Plague in India, 1896, 1897 - Volume 2
Year: 1896
Disease focus: Plague
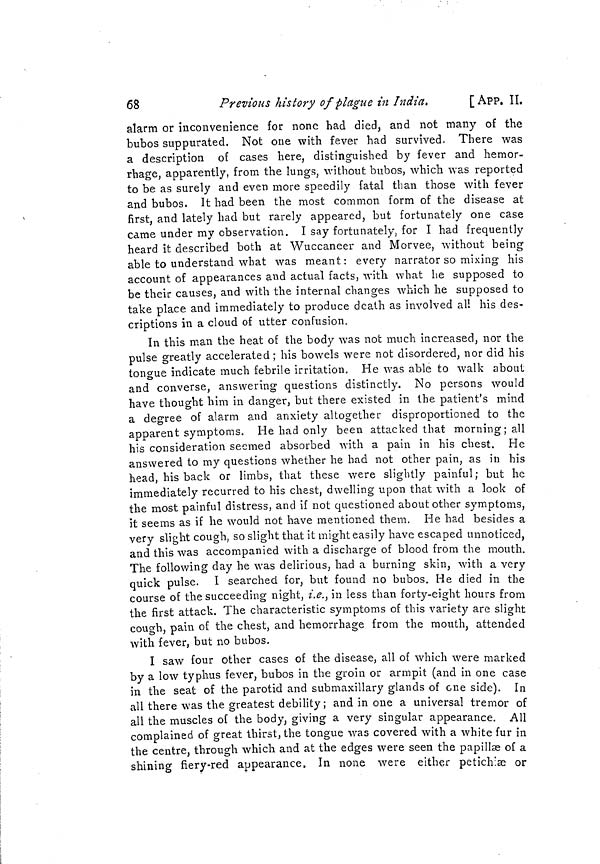
68
Previous history of plague in India.
[App. II.
alarm or inconvenience for none had died, and not many of the
bubos suppurated. Not one with fever had survived. There was
a description of cases here, distinguished by fever and hemor-
rhage, apparently, from the lungs, without bubos, which was reported
to be as surely and even more speedily fatal than those with fever
and bubos. It had been the most common form of the disease at
first, and lately had but rarely appeared, but fortunately one case
came under my observation. I say fortunately, for I had frequently
heard it described both at Wuccaneer and Morvee, without being
able to understand what was meant: every narrator so mixing his
account of appearances and actual facts, with what he supposed to
be their causes, and with the internal changes which he supposed to
take place and immediately to produce death as involved all his des-
criptions in a cloud of utter confusion.
In this man the heat of the body was not much increased, nor the
pulse greatly accelerated; his bowels were not disordered, nor did his
tongue indicate much febrile irritation. He was able to walk about
and converse, answering questions distinctly. No persons would
have thought him in danger, but there existed in the patient's mind
a degree of alarm and anxiety altogether disproportioned to the
apparent symptoms. He had only been attacked that morning; all
his consideration seemed absorbed with a pain in his chest. He
answered to my questions whether he had not other pain, as in his
head, his back or limbs, that these were slightly painful ; but he
immediately recurred to his chest, dwelling upon that with a look of
the most painful distress, and if not questioned about other symptoms,
it seems as if he would not have mentioned them. He had besides a
very slight cough, so slight that it might easily have escaped unnoticed,
and this was accompanied with a discharge of blood from the mouth.
The following clay he was delirious, had a burning skin, with a very
quick pulse. I searched for, but found no bubos. He died in the
course of the succeeding night, i.e., in less than forty-eight hours from
the first attack. The characteristic symptoms of this variety are slight
cough, pain oí the chest, and hemorrhage from the mouth, attended
with fever, but no bubos.
I saw four other cases of the disease, all of which were marked
by a low typhus fever, bubos in the groin or armpit (and in one case
in the seat of the parotid and submaxillary glands of one side). In
all there was the greatest debility; and in one a universal tremor of
all the muscles of the body, giving a very singular appearance. All
complained of great thirst, the tongue was covered with a white fur in
the centre, through which and at the edges were seen the papillae of a
shining fiery-red appearance, In none were either petichlae or